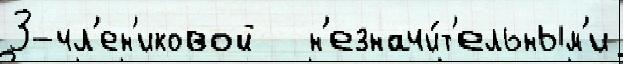
3-чл'ен'иковой   н'езначи́т'ельным'и